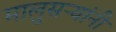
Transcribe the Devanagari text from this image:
मालुसऱ्यांनी